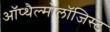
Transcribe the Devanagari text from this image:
ऑप्थैल्मोलॉजिस्ट